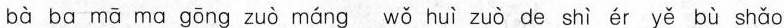
bà ba mā ma gōng zuò máng wǒ huì zuò de shì ér yě bù shǎo